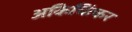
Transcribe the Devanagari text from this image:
अकिचिंत्कर